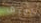
أعرف